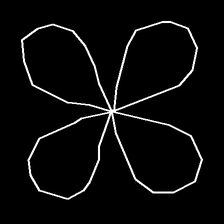
Glyph: billowing